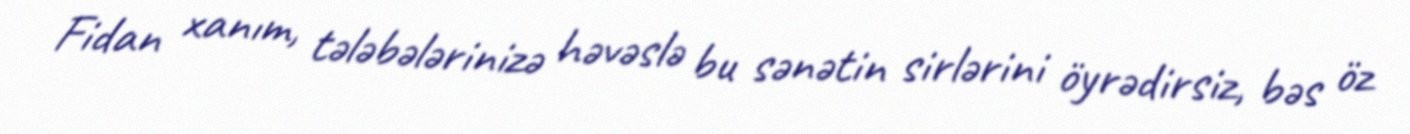
Fidan xanım, tələbələrinizə həvəslə bu sənətin sirlərini öyrədirsiz, bəs öz